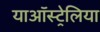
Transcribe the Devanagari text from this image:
याऑस्ट्रेलिया